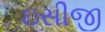
ઇસીજી